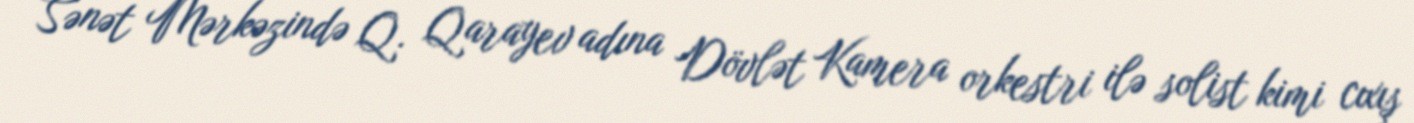
Sənət Mərkəzində Q. Qarayev adına Dövlət Kamera orkestri ilə solist kimi cıxış